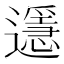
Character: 𨘓